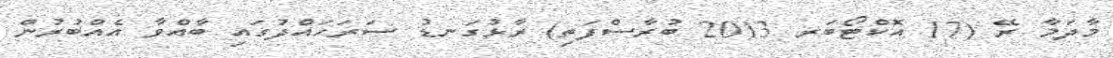
މާދަމާ ރޭ (17 އޮކްޓޯބަރ 2013 ބުރާސްފަތި) ރާޅުގަނޑު ސަރަހައްދުގައި ބާއްވާ އެއްބުރުން